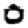
Digit: 0